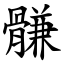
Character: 䯡